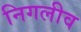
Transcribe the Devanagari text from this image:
निगलीव